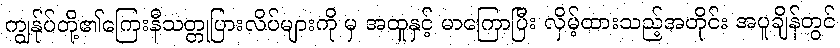
ကျွန်ုပ်တို့၏ကြေးနီသတ္တုပြားလိပ်များကို မှ အထူနှင့် မာကြောပြီး လှိမ့်ထားသည့်အတိုင်း အပူချိန်တွင်